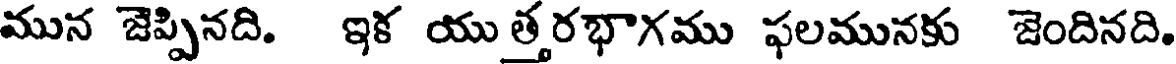
మున జెప్పినది. ఇక యుతరభాగము ఫలమునకు జెందినది.